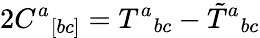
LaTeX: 2C^{a}{}_{[bc]}=T^{a}{}_{bc}-\tilde{T}{}^{a}{}_{bc}